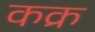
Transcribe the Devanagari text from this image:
कक्र